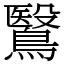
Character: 鷖